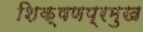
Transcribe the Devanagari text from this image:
शिक्षणप्रमुख